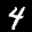
Label: 4